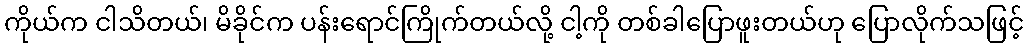
ကိုယ်က ငါသိတယ်၊ မိခိုင်က ပန်းရောင်ကြိုက်တယ်လို့ ငါ့ကို တစ်ခါပြောဖူးတယ်ဟု ပြောလိုက်သဖြင့်